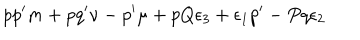
LaTeX: p p ^ { \prime } m + p q ^ { \prime } \nu - p ^ { \prime } \mu + p Q \epsilon _ { 3 } + \epsilon _ { 1 } p ^ { \prime } - P q \epsilon _ { 2 }